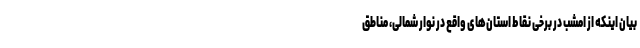
بیان اینکه از امشب در برخی نقاط استان‌های واقع در نوار شمالی، مناطق